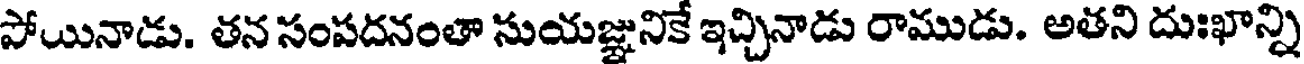
పోయినాడు. తన సంపదనంతా సుయజ్ఞునికే ఇచ్చినాడు రాముడు. అతని దుఃఖాన్ని